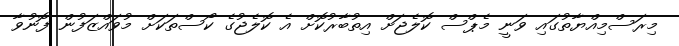
މިރަސްމިއްޔާތުގައި ވަނީ މެޕްސް ކޮލެޖަށް އިތުބާރުކޮށް އެ ކޮލެޖުގެ ކޯސްތަކަށް މުވައްޒަފުން ފޮނުވާ